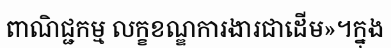
ពាណិជ្ជកម្ម លក្ខខណ្ឌការងារជាដើម»។ក្នុង